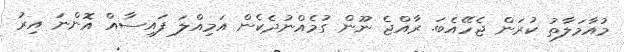
މުއާމަލާތު ކުރަން ޖެހޭއެބަ. ރާއްޖެ ނޫން ގަުމެއްނުދެކެން އަމިއްލަ ފައިސާއް އޮންނަ އިރު